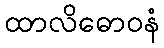
ထာလိဓောဝနံ